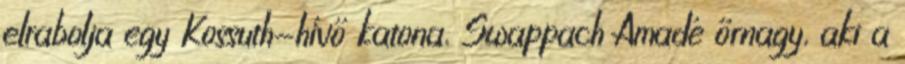
elrabolja egy Kossuth-hívő katona, Swappach Amadé őrnagy, aki a